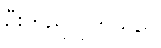
ဦးတည်လိုက်သည်